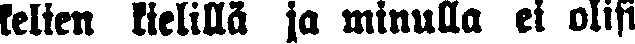
kelien kielillä ja minulla ei olisi